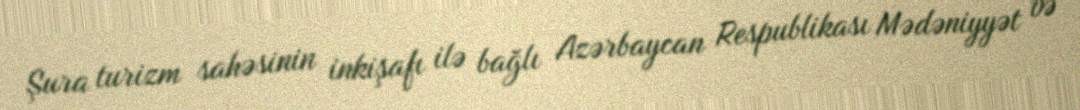
Şura turizm sahəsinin inkişafı ilə bağlı Azərbaycan Respublikası Mədəniyyət və